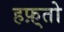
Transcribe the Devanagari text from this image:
हफ़्तो